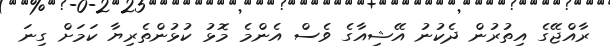
ރާއްޖޭގެ އިތުރުން ދެކުނު އޭޝިއާގެ ވެސް އެންމެ މޮޅު ކުޅުންތެރިޔާ ކަމަށް ގިނަ